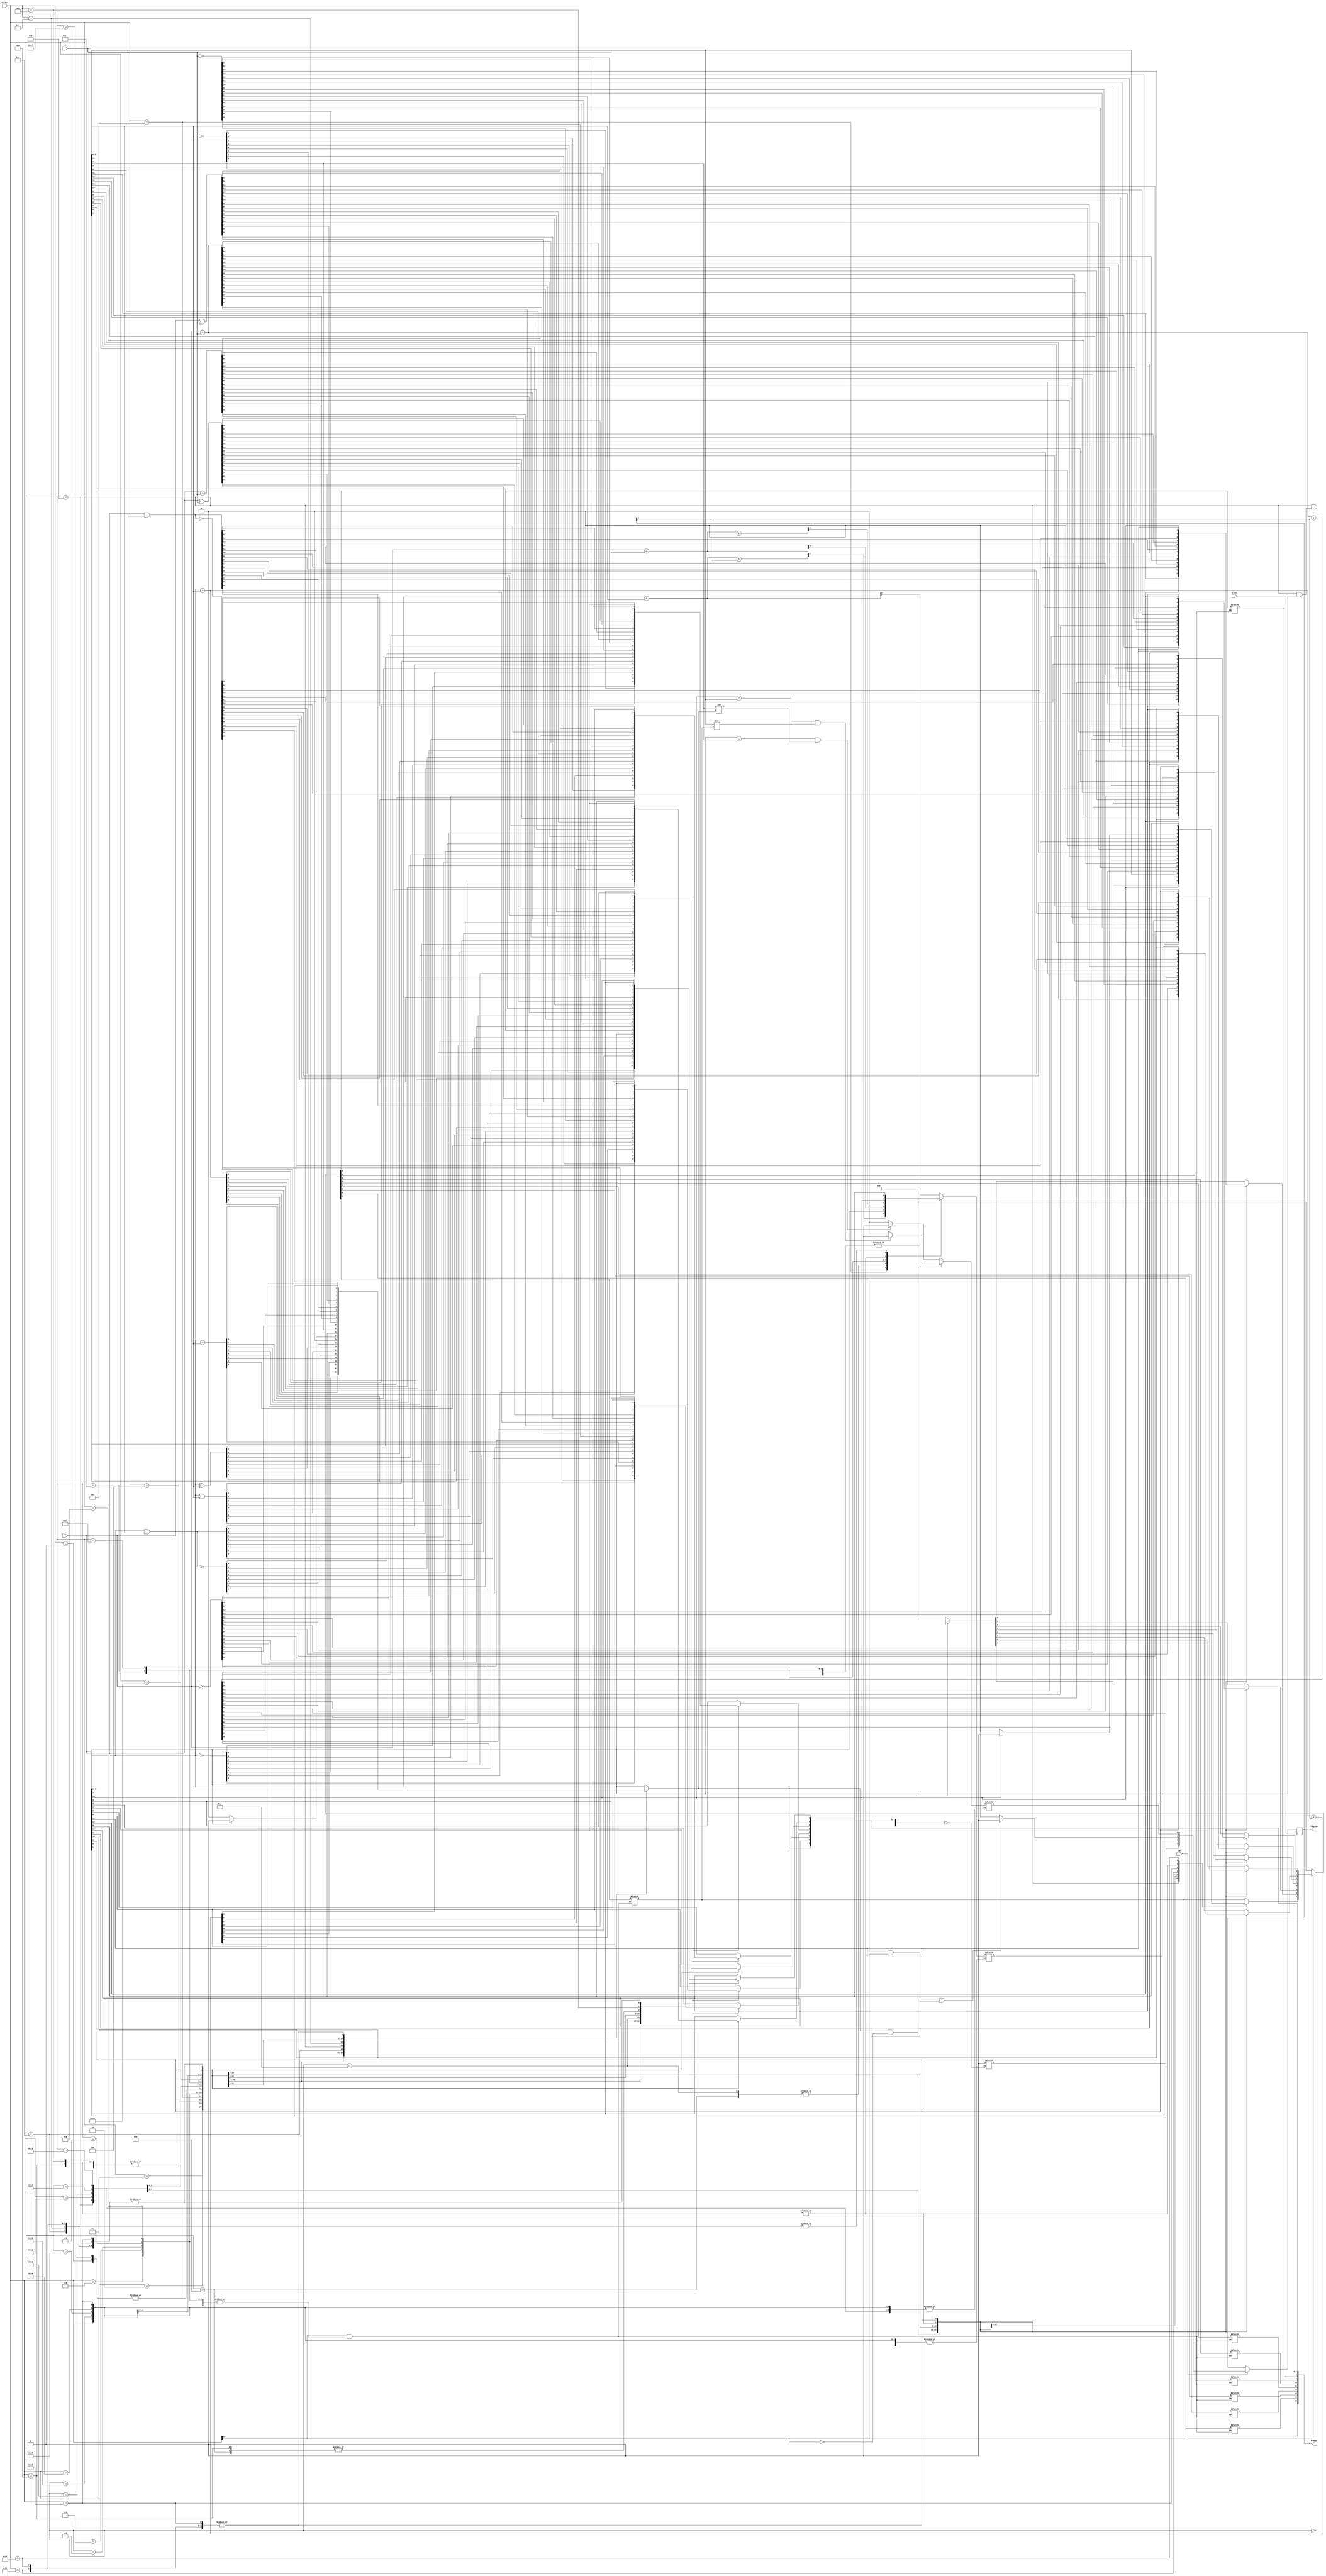
`timescale 1ns / 1ps



module ArithmeticLogicUnit(
    input Clock,
    input [15:0] A,
    input [15:0] B,
    input [4:0] FunSel,
    input WF,
    output reg [3:0] FlagsOut = 4'b0,
    output [15:0] ALUOut
);


reg [15:0] result;
reg [16:0] rescarry;

reg Z=0,C,N,O;

assign ALUOut = result;

 always @(*) begin 
 	
 	
 	
    case (FunSel)
        
        5'b00000: begin                    //8 BIT
            result[7:0] = A[7:0];
        end
        5'b00001: begin
            result[7:0] = B[7:0];
        end
        5'b00010: begin
            result[7:0] = ~A[7:0];
        end
        5'b00011: begin
            result[7:0] = ~B[7:0];
        end
        5'b00100: begin  
            result[7:0] = A[7:0] + B[7:0];
            if ((A[7] == B[7]) & (B[7] != ALUOut[7])) begin
            O = 1;
            end else O = 0;
            rescarry[8:0]=  A[7:0] + B[7:0];
            C=rescarry[8]; 
        end
        5'b00101: begin
            result[7:0] = A[7:0] + B[7:0] + FlagsOut[2];
            if ((A[7] == B[7]) & (B[7] != ALUOut[7])) begin
            O = 1;
            end else O = 0;

            rescarry[8:0]=  A[7:0] + B[7:0] + FlagsOut[2];
            C=rescarry[8];
        end
        5'b00110: begin
            result[7:0] = A[7:0] - B[7:0];
            if ((A[7] == B[7]) & (B[7] != ALUOut[7])) begin
            O = 1;
            end else O = 0;
        end
        5'b00111: begin
            result[7:0] = A[7:0] & B[7:0];            
        end
        5'b01000: begin
            result[7:0] = A[7:0] | B[7:0];
        end
        5'b01001: begin
            result[7:0] = A[7:0] ^ B[7:0];
        end
        5'b01010: begin
            result[7:0] =  ~(A[7:0] & B[7:0]);
        end
        5'b01011: begin  //LSL A
            C = A[7];
            result[7:0] = A[7:0] << 1;
        end
        5'b01100: begin  //LSR A
            C = A[0];
            result[7:0] = A[7:0] >> 1;
        end
        5'b01101: begin //ASR A
            if (A[7] == 1) begin
            	result[7] = 1'b1; 
        		result[6] = A[7]; 
        		result[5] = A[6]; 
        		result[4] = A[5]; 
        		result[3] = A[4]; 
        		result[2] = A[3]; 
        		result[1] = A[2]; 
        		result[0] = A[1]; 
    	    end
    	    
    	    else begin       
        		result = A[7:0] >> 1;
    		end
        end
        5'b01110: begin //CSL A
        	C = A[7];
            result[0] = C;
            result[1] = A[0];
            result[2] = A[1];
            result[3] = A[2];
            result[4] = A[3];
            result[5] = A[4];
            result[6] = A[5];
            result[7] = A[6];
            
			
        end
         5'b01111: begin //CSR A
            C= A[0];
            result[0] = A[1];
            result[1] = A[2];
            result[2] = A[3];
            result[3] = A[4];
            result[4] = A[5];
            result[5] = A[6];
            result[6] = A[7];
            result[7] = C;
            
        end                              //16 BIT
        5'b10000: begin
            result = A;
        end
        5'b10001: begin
            result = B;
        end
        5'b10010: begin
            result = ~A;
        end
        5'b10011: begin
            result = ~B;
        end
        5'b10100: begin  
            result = A + B;
            if ((A[15] == B[15]) & (B[15] != ALUOut[15])) begin
            O = 1;
            end else O = 0;  
            rescarry =A + B;
            C=rescarry[16];    
        end
        5'b10101: begin
            result = A + B + FlagsOut[2];
            if ((A[15] == B[15]) & (B[15] != ALUOut[15])) begin
            O = 1;
            end else O = 0;
            rescarry = A + B + FlagsOut[2];
            C =rescarry[16];
        end
        5'b10110: begin
            result = A - B;
            if ((A[15] == B[15]) & (B[15] != ALUOut[15])) begin
            O = 1;
            end else O = 0;
        end
        5'b10111: begin
            result = A & B;            
        end
        5'b11000: begin
            result = A | B;
        end
        5'b11001: begin
            result = A ^ B;
        end
        5'b11010: begin
            result =  ~(A & B);
        end
        5'b11011: begin  //LSL A
            C = A[15];
            result = A << 1;
        end
        5'b11100: begin  //LSR A
            C = A[0];
            result = A >> 1;
        end
        5'b11101: begin //ASR A
            if (A[15] == 1) begin
            	result[15] = 1'b1; 
        		result[14] = A[15]; 
        		result[13] = A[14]; 
        		result[12] = A[13]; 
        		result[11] = A[12]; 
        		result[10] = A[11]; 
        		result[9] = A[10]; 
        		result[8] = A[9];
            	result[7] = A[8]; 
        		result[6] = A[7]; 
        		result[5] = A[6]; 
        		result[4] = A[5]; 
        		result[3] = A[4]; 
        		result[2] = A[3]; 
        		result[1] = A[2]; 
        		result[0] = A[1]; 
    	    end
    	    
    	    else begin       
        		result = A >> 1;
    		end
        end
        5'b11110: begin //CSL A
        	C = A[15];
            result[0] = C;
            result[1] = A[0];
            result[2] = A[1];
            result[3] = A[2];
            result[4] = A[3];
            result[5] = A[4];
            result[6] = A[5];
            result[7] = A[6];
            result[8] = A[7];
            result[9] = A[8];
            result[10] = A[9];
            result[11] = A[10];
            result[12] = A[11];
            result[13] = A[12];
            result[14] = A[13];
            result[15] = A[14];
            
			
        end
         5'b11111: begin //CSR A
            C= A[0];
            result[0] = A[1];
            result[1] = A[2];
            result[2] = A[3];
            result[3] = A[4];
            result[4] = A[5];
            result[5] = A[6];
            result[6] = A[7];
            result[7] = A[8];
            result[8] = A[9];
            result[9] = A[10];
            result[10] = A[11];
            result[11] = A[12];
            result[12] = A[13];
            result[13] = A[14];
            result[14] = A[15];
            result[15] = C;
            
        end   
    endcase
    if (FunSel[4]==0) begin
             result[15:8] = 0;         
         end
    if(result == 0) begin       // 	ZERO FLAG
                Z = 1;
        end
    if(((result[7] == 1) && (FunSel[4]==0)) || ((result[15] == 1) && (FunSel[4]==1)))  begin        // NEGATIVE FLAG
                N = 1;
        end
                
        else begin
                N = 0;
        end
end
always @(posedge Clock) begin
    if (WF) begin
                FlagsOut <={Z,C,N,O};
    end
end
endmodule